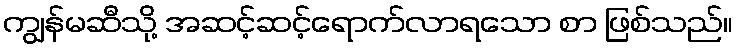
ကျွန်မဆီသို့ အဆင့်ဆင့်ရောက်လာရသော စာ ဖြစ်သည်။